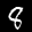
Label: 8